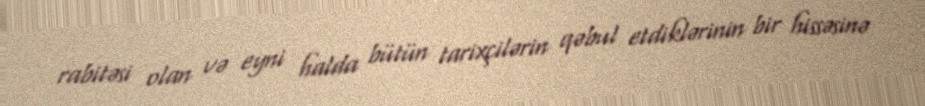
rabitəsi olan və eyni halda bütün tarixçilərin qəbul etdiklərinin bir hissəsinə